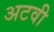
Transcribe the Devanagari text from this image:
अटवी